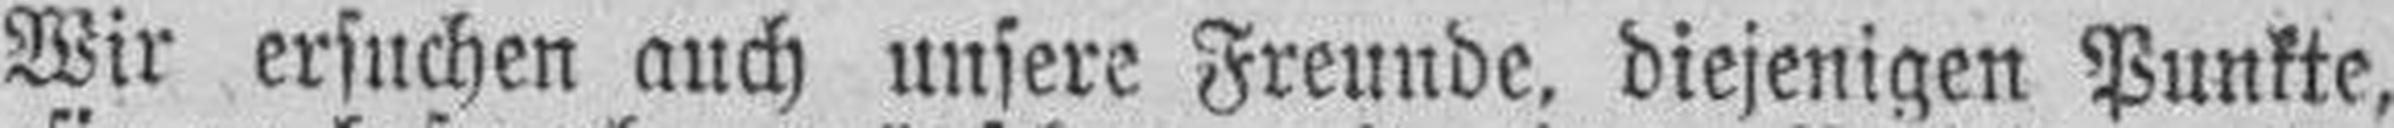
Wir ersuchen auch unsere Freunde, diejenigen Punkte,